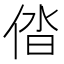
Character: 𠉤